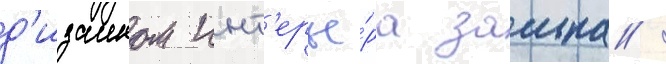
д'изаином инт'ерье́ра замка /